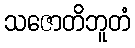
သဇောတိဘူတံ